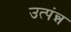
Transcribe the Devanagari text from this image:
उत्पंन्न